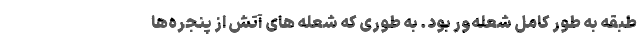
طبقه به طور کامل شعله‌ور بود. به طوری که شعله های آتش از پنجره‌ها